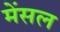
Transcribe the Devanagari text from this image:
मेंसल